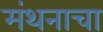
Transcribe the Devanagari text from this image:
मंथनाचा